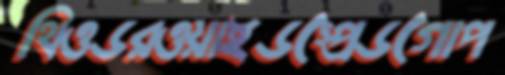
থিওডরওয়াইডস্প্রেডগোপ